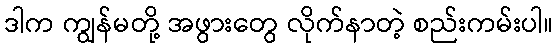
ဒါက ကျွန်မတို့ အဖွားတွေ လိုက်နာတဲ့ စည်းကမ်းပါ။